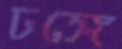
ঢঙ্গে